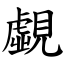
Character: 覷